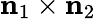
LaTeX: \mathbf{n}_{1}\times\mathbf{n}_{2}